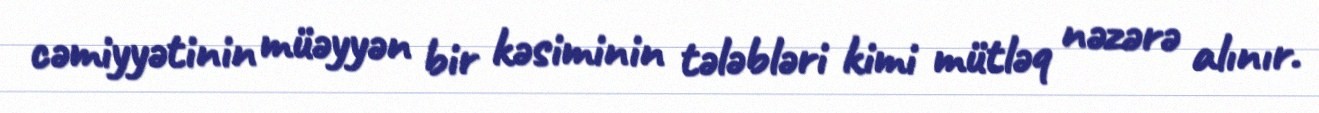
cəmiyyətinin müəyyən bir kəsiminin tələbləri kimi mütləq nəzərə alınır.